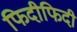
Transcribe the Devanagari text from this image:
फिदीफिदी